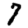
Digit: 7